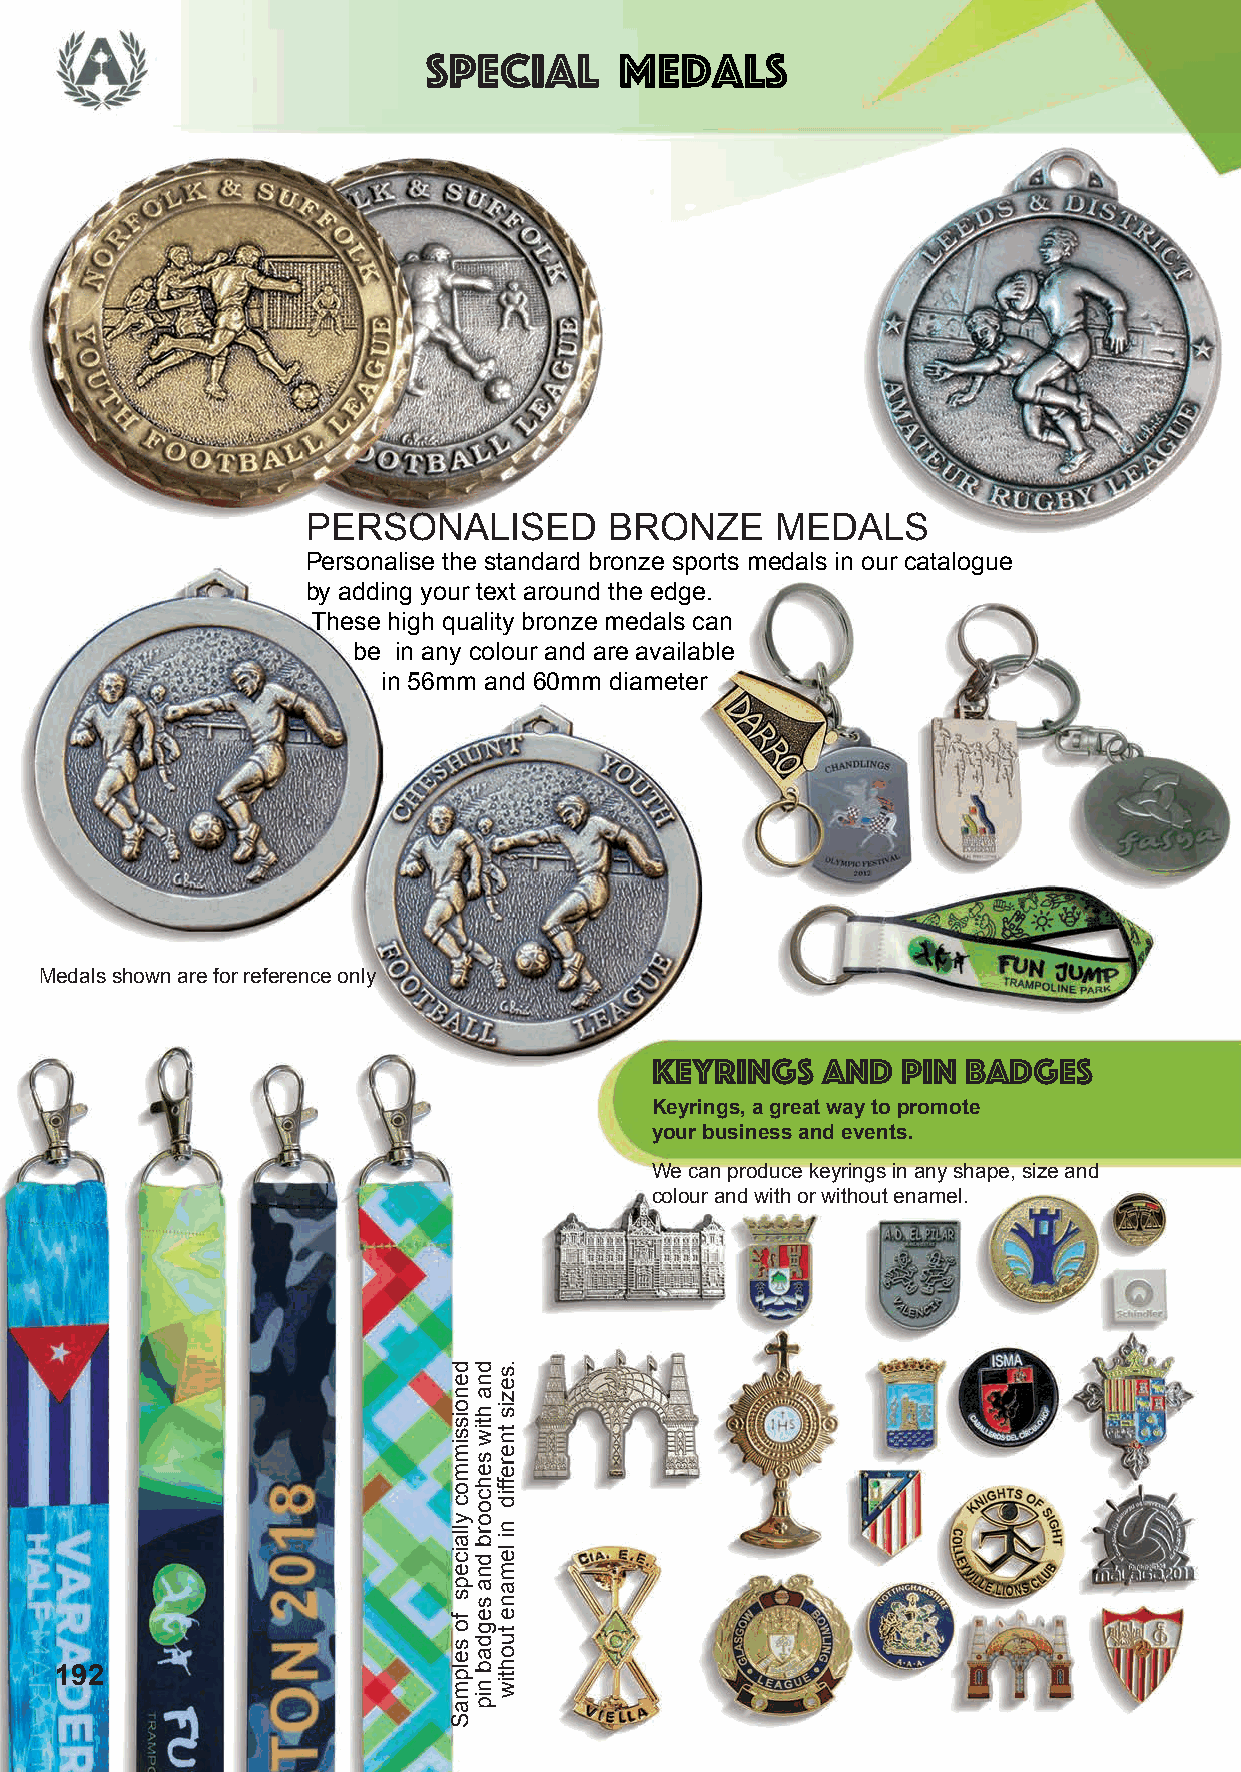
Special      Medals
 PERSONALISED        BRONZE     MEDALS
 Personalise the standard bronze sports medals in our catalogue
 by adding your text around the edge.
 These high quality bronze medals can
 be in any colour and are available
 in 56mm and 60mm diameter
 Medals shown are for reference only
 KEYRINGS   AND   PIN BADGES
 Keyrings, a great way to promote
 your business and events.
 We can produce keyrings in any shape, size and
 colour and with or without enamel.
 192
 denoissimmoc
 yllaiceps
 fo
 selpmaS
 dna
 htiw
 sehcoorb
 dna
 segdab
 nip
 .sezis
 tnereffid
 ni
 lemane
 tuohtiw